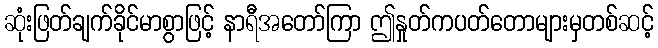
ဆုံးဖြတ်ချက်ခိုင်မာစွာဖြင့် နာရီအတော်ကြာ ဤနှုတ်ကပတ်တောများမှတစ်ဆင့်